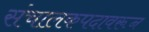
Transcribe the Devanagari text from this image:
संचालकपदावरून